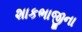
શાકભાજીના